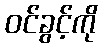
ဝင်ခွင့်ကို